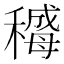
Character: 𬓻